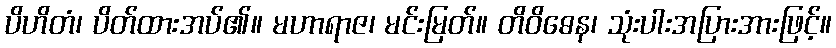
ပိဟိတံ၊ ပိတ်ထားအပ်၏။ မဟာရာဇ၊ မင်းမြတ်။ တိဝိဓေန၊ သုံးပါးအပြားအားဖြင့်။